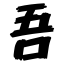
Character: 吾